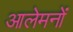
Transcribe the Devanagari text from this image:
आलेमनों